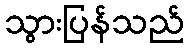
သွားပြန်သည်